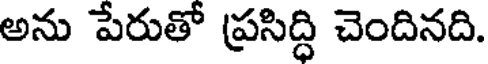
అను పేరుతో ప్రసిద్ధి చెందినది.